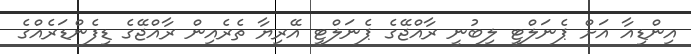
އިންޑިއާ އަށް ޕެނަލްޓީ ލިބުނީ ރާއްޖޭގެ ޕެނަލްޓީ އޭރިޔާ ތެރެއިން ރާއްޖޭގެ ޑިފެންޑަރެއްގެ